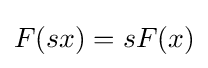
F(sx)=sF(x)